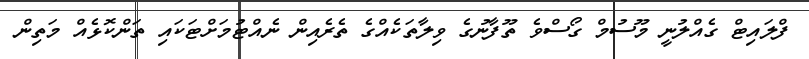
ފްލައިޓް ގެއްލުނީ މޫސުމް ގޯސްވެ ތޫފާނުގެ ވިލާތަކެއްގެ ތެރެއިން ނެއްޓުމަށްޓަކައި ތަންކޮޅެއް މަތިން